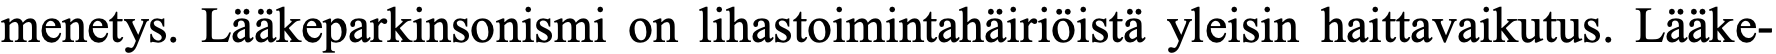
menetys. Lääkeparkinsonismi on lihastoimintahäiriöistä yleisin haittavaikutus. Lääke-